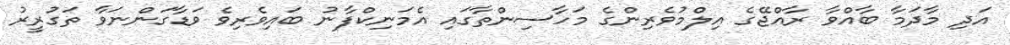
އަދި މާދަމާ ބާއްވާ ރާއްޖޭގެ އިލްމުވެރިންގެ މަހާސިންތާގައި އެމަނިކްފާނު ބައިވެރިވެ ވަޑާގަންނަވާ ތަގުރީރު